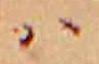
ハ